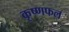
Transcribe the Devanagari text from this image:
कृष्णफल